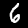
Label: 6